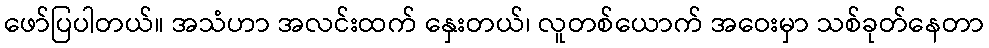
ဖော်ပြပါတယ်။ အသံဟာ အလင်းထက် နှေးတယ်၊ လူတစ်ယောက် အဝေးမှာ သစ်ခုတ်နေတာ